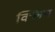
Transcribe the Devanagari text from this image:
क्‍िलप